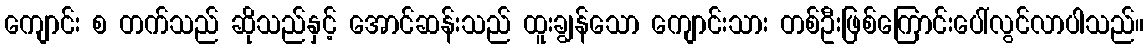
ကျောင်း စ တက်သည် ဆိုသည်နှင့် အောင်ဆန်းသည် ထူးချွန်သော ကျောင်းသား တစ်ဦးဖြစ်ကြောင်းပေါ်လွင်လာပါသည်။